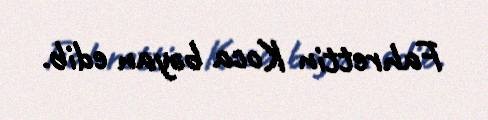
Fahrettin Koca bəyan edib.